Indian journal of veterinary science and animal husbandry - Volume 8,
Year: 1938
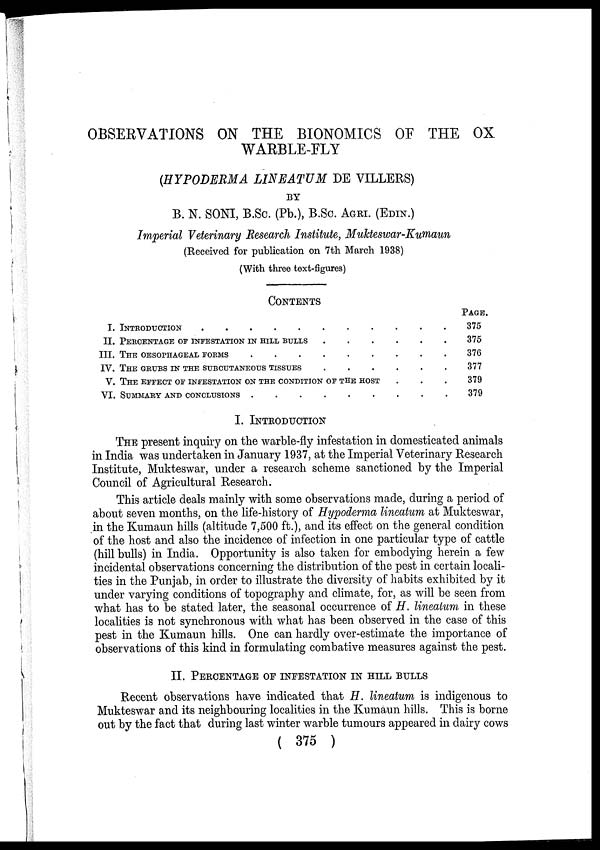
OBSERVATIONS ON THE BIONOMICS OF THE OX
WARBLE-FLY
(HYPODERMA LINEATUM DE VILLERS)
BY
B. N. SONI, B.Sc. (Pb.), B.Sc. AGRI. (EDIN.)
Imperial Veterinary Research Institute, Mukteswar-Kumaun
(Received for publication on 7th March 1938)
(With three text-figures)
CONTENTS
I.
II.
III.
IV.
V.
VI.
INTRODUCTION . . . . . . . . . . .
PERCENTAGE OF INFESTATION IN HILL BULLS . . . . . .
THE OESOPHAGEAL FORMS . . . . . . . . .
THE GRUBS IN THE SUBCUTANEOUS TISSUES . . . . . .
THE EFFECT OF INFESTATION ON THE CONDITION OF THE HOST . . .
SUMMARY AND CONCLUSIONS . . . . . . . . .
PAGE.
375
375
376
377
379
379
I. INTRODUCTION
THE present inquiry on the warble-fly infestation in domesticated animals
in India was undertaken in January 1937, at the Imperial Veterinary Research
Institute, Mukteswar, under a research scheme sanctioned by the Imperial
Council of Agricultural Research.
This article deals mainly with some observations made, during a period of
about seven months, on the life-history of Hypoderma lineatum at Mukteswar,
in the Kumaun hills (altitude 7,500 ft.), and its effect on the general condition
of the host and also the incidence of infection in one particular type of cattle
(hill bulls) in India. Opportunity is also taken for embodying herein a few
incidental observations concerning the distribution of the pest in certain locali-
ties in the Punjab, in order to illustrate the diversity of habits exhibited by it
under varying conditions of topography and climate, for, as will be seen from
what has to be stated later, the seasonal occurrence of H. lineatum in these
localities is not synchronous with what has been observed in the case of this
pest in the Kumaun hills. One can hardly over-estimate the importance of
observations of this kind in formulating combative measures against the pest.
II. PERCENTAGE OF INFESTATION IN HILL BULLS
Recent observations have indicated that H. lineatum is indigenous to
Mukteswar and its neighbouring localities in the Kumaun hills. This is borne
out by the fact that during last winter warble tumours appeared in dairy cows
( 375 )